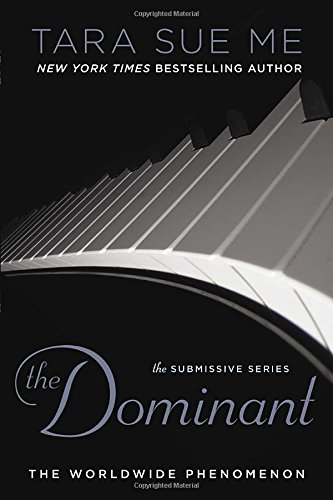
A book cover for The Dominant: The Submissive Series; Tara Sue Me; Romance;